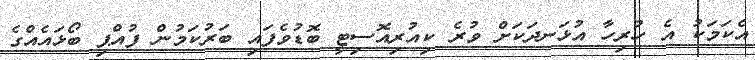
އެކަމަކު އެ ހުރިހާ އުޅަނދަކަށް ވުރެ ކިއުރިއޮސިޓީ ބޮޑުވެފައި ބަރުކަމުން ފުއްޕި ބޯޅައެއްގެ